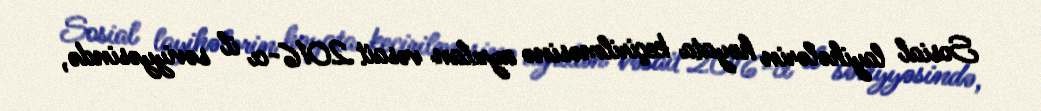
Sosial layihələrin həyata keçirilməsinə ayrılan vəsait 2016-cı il səviyyəsində,